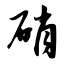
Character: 硝